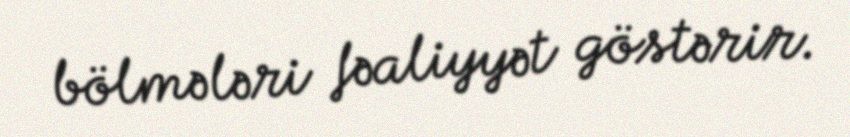
bölmələri fəaliyyət göstərir.